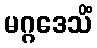
မဂ္ဂဒေသိံ